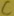
Text: C